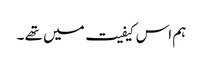
ہم اس کیفیت میں تھے ۔